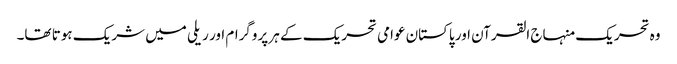
وہ تحریک منہاج القرآن اور پاکستان عوامی تحریک کے ہر پروگرام اور ریلی میں شریک ہوتا تھا۔